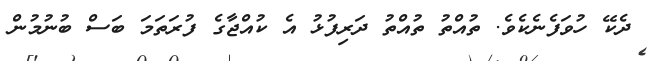
ދެކޭ ހުވަފެނެކެވެ. ތުއްތު ތުއްތު ދަރިފުޅު އެ ކުއްޖާގެ ފުރަތަމަ ބަސް ބުނުމުން